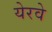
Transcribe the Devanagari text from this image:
येरवे